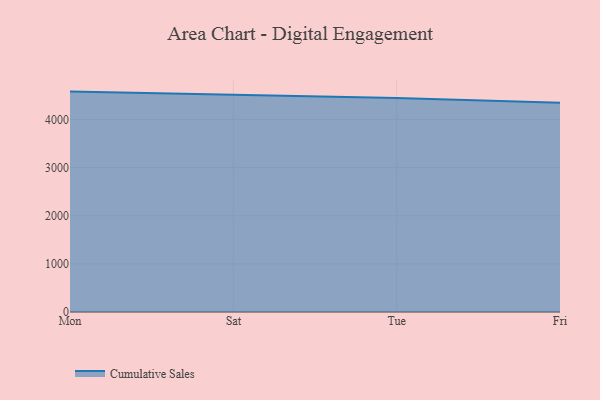
{"axis": {"x": "Day", "y": "Customer Acquisition Cost (USD)"}, "legend": ["Cumulative Sales"], "data": [{"x": "Mon", "y": 4578.6, "type": "Cumulative Sales"}, {"x": "Sat", "y": 4512.3, "type": "Cumulative Sales"}, {"x": "Tue", "y": 4447.8, "type": "Cumulative Sales"}, {"x": "Fri", "y": 4345.7, "type": "Cumulative Sales"}]}